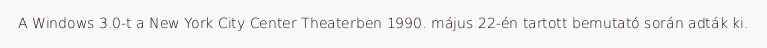
A Windows 3.0-t a New York City Center Theaterben 1990. május 22-én tartott bemutató során adták ki.